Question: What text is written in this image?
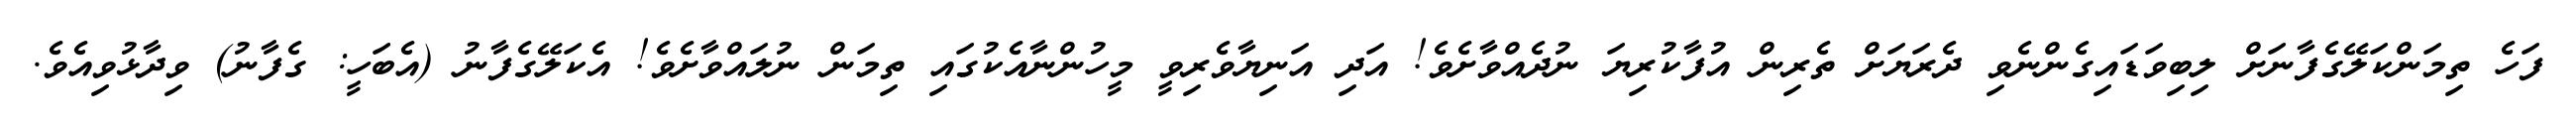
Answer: ފަހެ ތިމަންކަލޭގެފާނަށް ލިބިވަޑައިގެންނެވި ދެރަޔަށް ތެރިން އުފާކުރިޔަ ނުދެއްވާށެވެ! އަދި އަނިޔާވެރިވީ މީހުންނާއެކުގައި ތިމަން ނުލައްވާށެވެ! އެކަލޭގެފާނު (އެބަހީ: ގެފާނު) ވިދާޅުވިއެވެ.